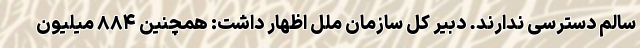
سالم دسترسی ندارند. دبیر کل سازمان ملل اظهار داشت: همچنین ۸۸۴ میلیون